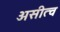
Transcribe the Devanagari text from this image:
असीत्व